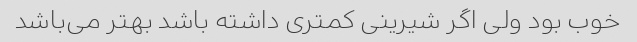
خوب بود ولی اگر شیرینی کمتری داشته باشد بهتر می‌باشد